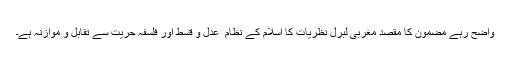
واضح رہے مضمون کا مقصد مغربی لبرل نظریات کا اسلام کے نظام ِ عدل و قسط اور فلسفہِ حریت سے تقابل و موازنہ ہے۔